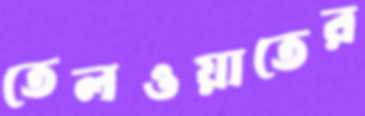
তেলওয়াতের